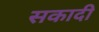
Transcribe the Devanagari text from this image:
सकादी